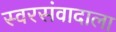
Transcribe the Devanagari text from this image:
स्वरसंवादाला